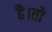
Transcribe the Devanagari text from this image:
है।तो